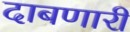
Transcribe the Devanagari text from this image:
दाबणारी